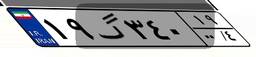
۲۶گ۲۸۳۸۸